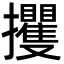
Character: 攫